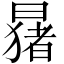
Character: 𬁑